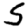
Digit: 5